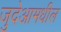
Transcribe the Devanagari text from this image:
जुदेआमधील